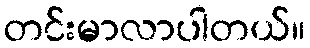
တင်းမာလာပါတယ်။